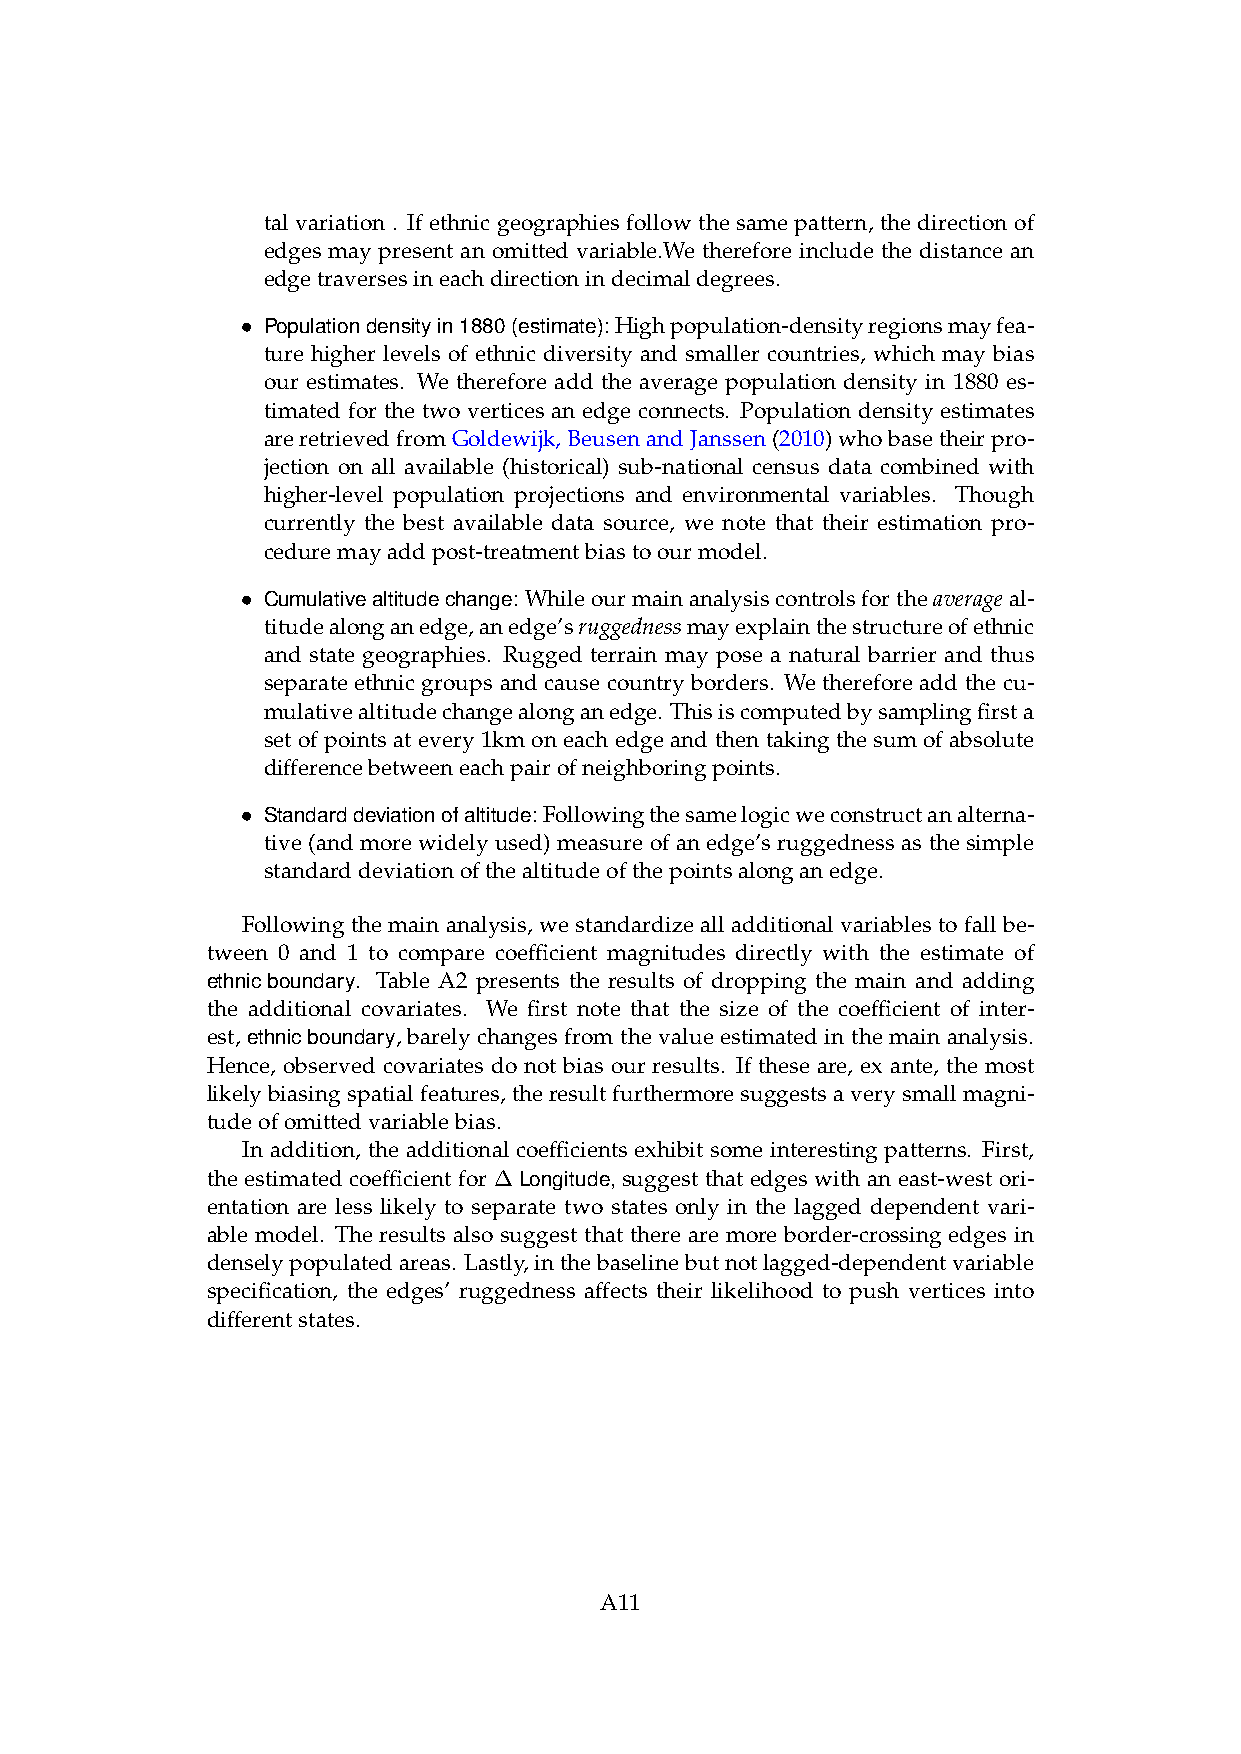
tal variation . If ethnic geographies follow the same pattern, the direction of
 edges may present an omitted variable.We therefore include the distance an
 edgetraversesineachdirectionindecimaldegrees.
 • Populationdensityin1880(estimate):Highpopulation-densityregionsmayfea-
 ture higher levels of ethnic diversity and smaller countries, which may bias
 our estimates. We therefore add the average population density in 1880 es-
 timated for the two vertices an edge connects. Population density estimates
 areretrievedfromGoldewijk,BeusenandJanssen(2010)whobasetheirpro-
 jection on all available (historical) sub-national census data combined with
 higher-level population projections and environmental variables. Though
 currently the best available data source, we note that their estimation pro-
 ceduremayaddpost-treatmentbiastoourmodel.
 • Cumulativealtitudechange:Whileourmainanalysiscontrolsfortheaverageal-
 titudealonganedge,anedge’sruggednessmayexplainthestructureofethnic
 and state geographies. Rugged terrain may pose a natural barrier and thus
 separate ethnic groups and cause country borders. We therefore add the cu-
 mulativealtitudechangealonganedge. Thisiscomputedbysamplingfirsta
 set of points at every 1km on each edge and then taking the sum of absolute
 differencebetweeneachpairofneighboringpoints.
 • Standarddeviationofaltitude:Followingthesamelogicweconstructanalterna-
 tive (and more widely used) measure of an edge’s ruggedness as the simple
 standarddeviationofthealtitudeofthepointsalonganedge.
 Following the main analysis, we standardize all additional variables to fall be-
 tween 0 and 1 to compare coefficient magnitudes directly with the estimate of
 ethnicboundary. Table A2 presents the results of dropping the main and adding
 the additional covariates. We first note that the size of the coefficient of inter-
 est, ethnicboundary, barely changes from the value estimated in the main analysis.
 Hence, observed covariates do not bias our results. If these are, ex ante, the most
 likelybiasingspatialfeatures,theresultfurthermoresuggestsaverysmallmagni-
 tudeofomittedvariablebias.
 In addition, the additional coefficients exhibit some interesting patterns. First,
 the estimated coefficient for ∆ Longitude, suggest that edges with an east-west ori-
 entation are less likely to separate two states only in the lagged dependent vari-
 able model. The results also suggest that there are more border-crossing edges in
 denselypopulatedareas. Lastly,inthebaselinebutnotlagged-dependentvariable
 specification, the edges’ ruggedness affects their likelihood to push vertices into
 differentstates.
 A11